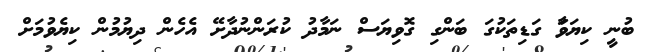
ބުނީ ކިޔަވަާ ގަޑިތަކުގަ ބަންގި ގޮވިޔަސް ނަމާދު ކުރަންނުދާށޭ އެހެން ދިޔުމުން ކިޔެވުމަށް